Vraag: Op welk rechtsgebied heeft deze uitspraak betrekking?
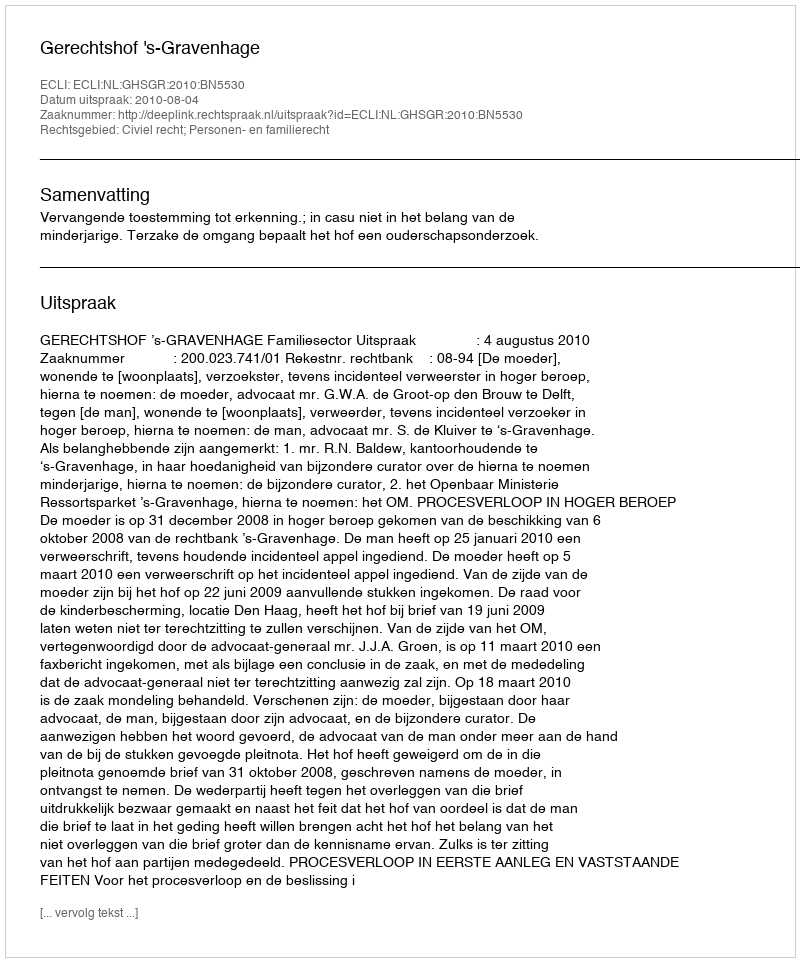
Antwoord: Civiel recht; Personen- en familierecht